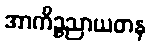
အာကိဉ္စညာယတန